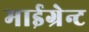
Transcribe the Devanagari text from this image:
माईग्रेन्ट